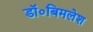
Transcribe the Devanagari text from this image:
डॉ०बिमलेश